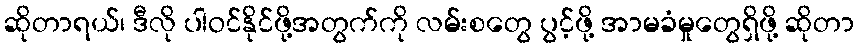
ဆိုတာရယ်၊ ဒီလို ပါဝင်နိုင်ဖို့အတွက်ကို လမ်းစတွေ ပွင့်ဖို့ အာမခံမှုတွေရှိဖို့ ဆိုတာ